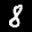
Label: 8